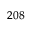
^ { 2 0 8 }